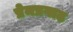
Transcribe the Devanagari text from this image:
प्रेमप्रगाढ़